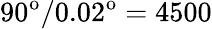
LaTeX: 90^{\mathrm{o}}/0.02^{\mathrm{o}}=4500